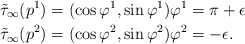
\begin{align*} \tilde\tau_\infty(p^1)&=(\cos \varphi^1,\sin\varphi^1) \varphi^1=\pi+\epsilon \\ \tilde\tau_\infty(p^2)&=(\cos \varphi^2,\sin\varphi^2) \varphi^2=-\epsilon. \end{align*}